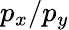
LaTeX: p_{x}/p_{y}